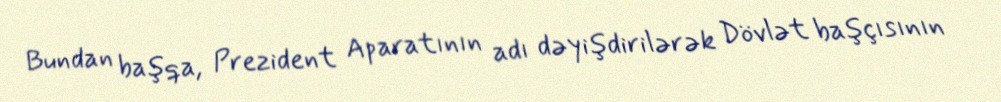
Bundan başqa, Prezident Aparatının adı dəyişdirilərək Dövlət başçısının